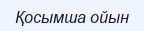
Қосымша ойын